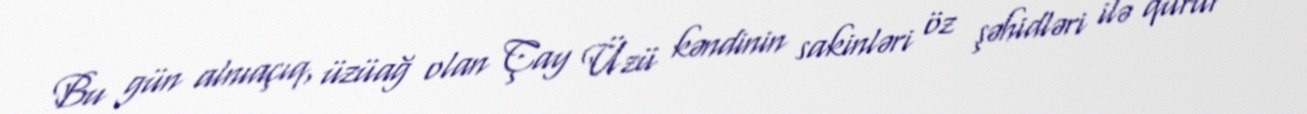
Bu gün alnıaçıq, üzüağ olan Çay Üzü kəndinin sakinləri öz şəhidləri ilə qürur